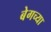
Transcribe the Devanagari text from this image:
बेगच्या